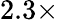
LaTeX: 2.3\times